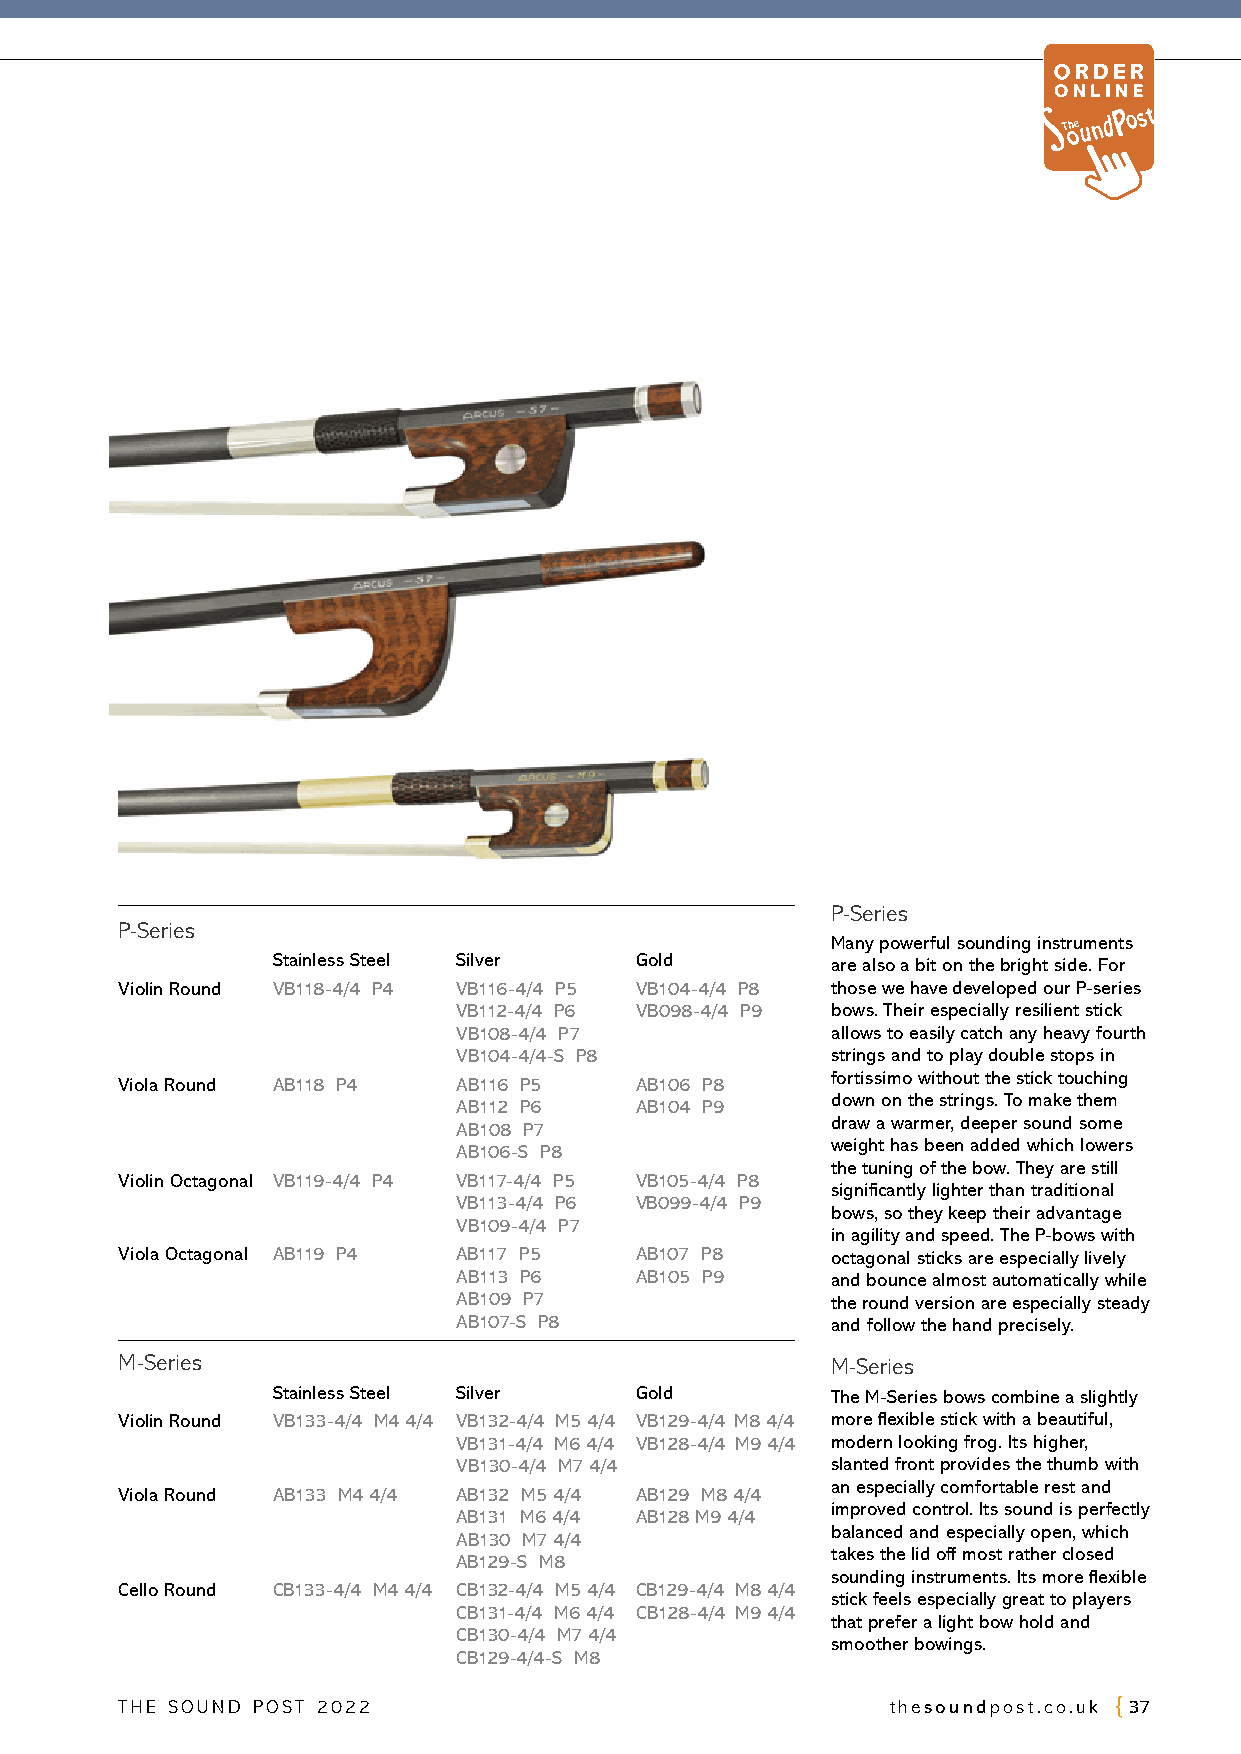
P-Series
 P-Series
 Many powerful sounding instruments
 Stainless Steel Silver  Gold         are also a bit on the bright side. For
 Violin Round VB118-4/4 P4 VB116-4/4 P5 VB104-4/4 P8 those we have developed our P-series
 VB112-4/4 P6 VB098-4/4 P9 bows. Their especially resilient stick
 VB108-4/4 P7             allows to easily catch any heavy fourth
 VB104-4/4-S P8           strings and to play double stops in
 fortissimo without the stick touching
 Viola Round AB118 P4  AB116 P5    AB106 P8
 down on the strings. To make them
 AB112 P6    AB104 P9
 draw a warmer, deeper sound some
 AB108 P7
 weight has been added which lowers
 AB106-S P8
 the tuning of the bow. They are still
 Violin Octagonal VB119-4/4 P4 VB117-4/4 P5 VB105-4/4 P8
 significantly lighter than traditional
 VB113-4/4 P6 VB099-4/4 P9
 bows, so they keep their advantage
 VB109-4/4 P7
 in agility and speed. The P-bows with
 Viola Octagonal AB119 P4 AB117 P5 AB107 P8     octagonal sticks are especially lively
 AB113 P6    AB105 P9     and bounce almost automatically while
 AB109 P7                 the round version are especially steady
 AB107-S P8               and follow the hand precisely.
 M-Series                                       M-Series
 Stainless Steel Silver  Gold         The M-Series bows combine a slightly
 Violin Round VB133-4/4 M4 4/4 VB132-4/4 M5 4/4 VB129-4/4 M8 4/4 more flexible stick with a beautiful,
 VB131-4/4 M6 4/4 VB128-4/4 M9 4/4 modern looking frog. Its higher,
 VB130-4/4 M7 4/4         slanted front provides the thumb with
 an especially comfortable rest and
 Viola Round AB133 M4 4/4 AB132 M5 4/4 AB129 M8 4/4
 improved control. Its sound is perfectly
 AB131 M6 4/4 AB128 M9 4/4
 balanced and especially open, which
 AB130 M7 4/4
 takes the lid off most rather closed
 AB129-S M8
 sounding instruments. Its more flexible
 Cello Round CB133-4/4 M4 4/4 CB132-4/4 M5 4/4 CB129-4/4 M8 4/4
 stick feels especially great to players
 CB131-4/4 M6 4/4 CB128-4/4 M9 4/4
 that prefer a light bow hold and
 CB130-4/4 M7 4/4
 smoother bowings.
 CB129-4/4-S M8
 THE SOUND POST 2022                                thesoundpost.co.uk 37